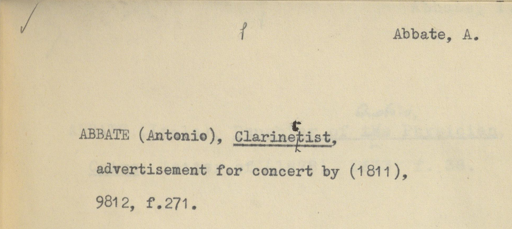
Label: content